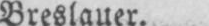
Breslauer.